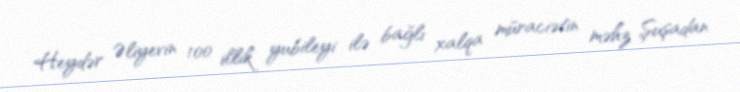
Heydər Əliyevin 100 illik yubileyi ilə bağlı xalqa müraciətin məhz Şuşadan